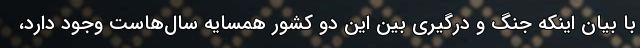
با بیان اینکه جنگ و درگیری بین این دو کشور همسایه سال‌هاست وجود دارد،